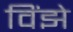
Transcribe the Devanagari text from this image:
विंझे